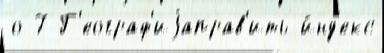
о 7 Г'еограф'иjаправ'ить и́нд'екс